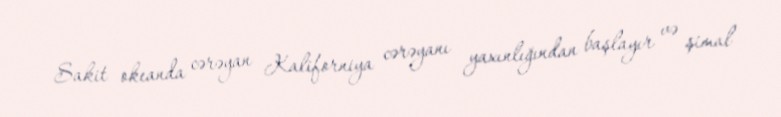
Sakit okeanda cərəyan Kaliforniya cərəyanı yaxınlığından başlayır və şimal